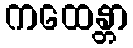
ကထေန္တာ